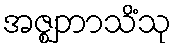
အဇ္ဈဘာသိံသု